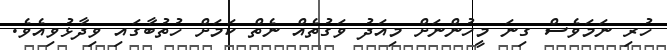
ހުރި ނަމަވެސް ގިނަ މީހުންނަށް މިއަދު ވަގުތެއް ނެތް ކަމަށް ހުތުބާގައި ވިދާޅުވިއެވެ.